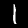
Digit: 1